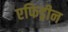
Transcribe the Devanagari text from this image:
एफिड्रीन